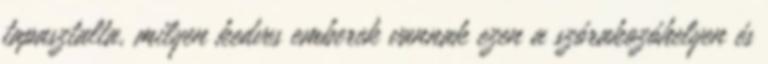
tapasztalta, milyen kedves emberek vannak ezen a szórakozóhelyen és